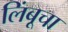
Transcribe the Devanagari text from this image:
लिंबूचा